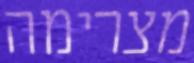
מצרימה